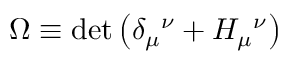
{ \Omega } \equiv \operatorname * { d e t } { \left( \delta _ { \mu } { } ^ { \nu } + { \cal H } _ { \mu } { } ^ { \nu } \right) }